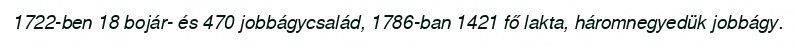
1722-ben 18 bojár- és 470 jobbágycsalád, 1786-ban 1421 fő lakta, háromnegyedük jobbágy.